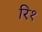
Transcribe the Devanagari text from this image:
रि१